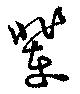
輩